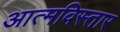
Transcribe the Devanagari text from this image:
आत्मविस्तार